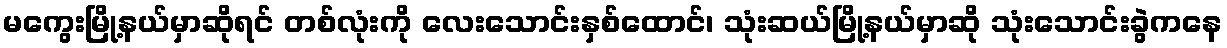
မကွေးမြို့နယ်မှာဆိုရင် တစ်လုံးကို လေးသောင်းနှစ်ထောင်၊ သုံးဆယ်မြို့နယ်မှာဆို သုံးသောင်းခွဲကနေ